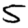
Digit: 5